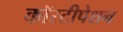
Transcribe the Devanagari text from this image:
कॉस्टीपेशन